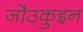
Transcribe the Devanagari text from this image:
जो॑उकुइन